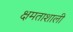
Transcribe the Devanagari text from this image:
क्षमताशाली